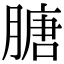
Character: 膅